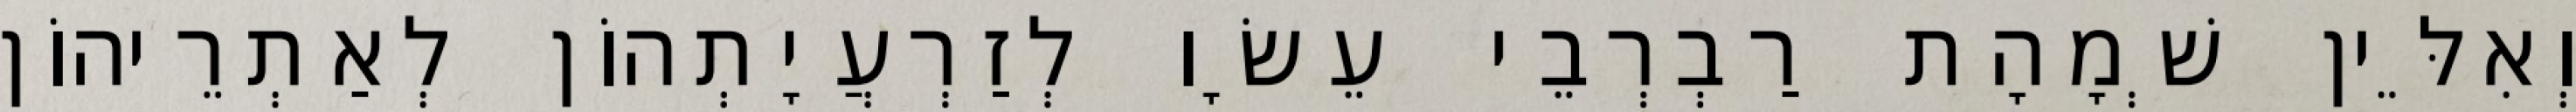
וְאִלֵּין שְׁמָהָת רַבְרְבֵי עֵשָׂו לְזַרְעֲיָתְהוֹן לְאַתְרֵיהוֹן